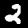
Label: 2